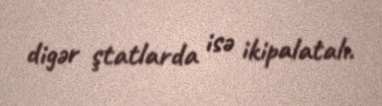
digər ştatlarda isə ikipalatalı.